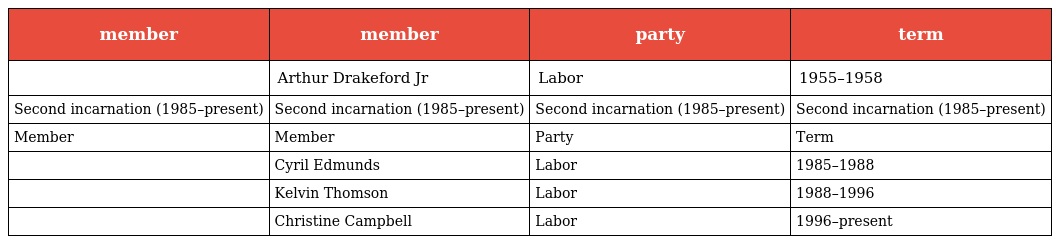
| member | member | party | term |
 | --- | --- | --- | --- |
 |  | Arthur Drakeford Jr | Labor | 1955–1958 |
 | Second incarnation (1985–present) | Second incarnation (1985–present) | Second incarnation (1985–present) | Second incarnation (1985–present) |
 | Member | Member | Party | Term |
 |  | Cyril Edmunds | Labor | 1985–1988 |
 |  | Kelvin Thomson | Labor | 1988–1996 |
 |  | Christine Campbell | Labor | 1996–present |